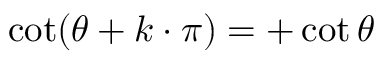
\cot ( \theta + k \cdot \pi ) = + \cot \theta